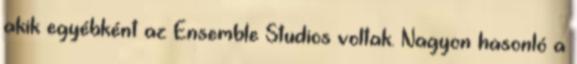
akik egyébként az Ensemble Studios voltak. Nagyon hasonló a